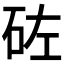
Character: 𥑰